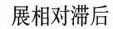
展相对滞后